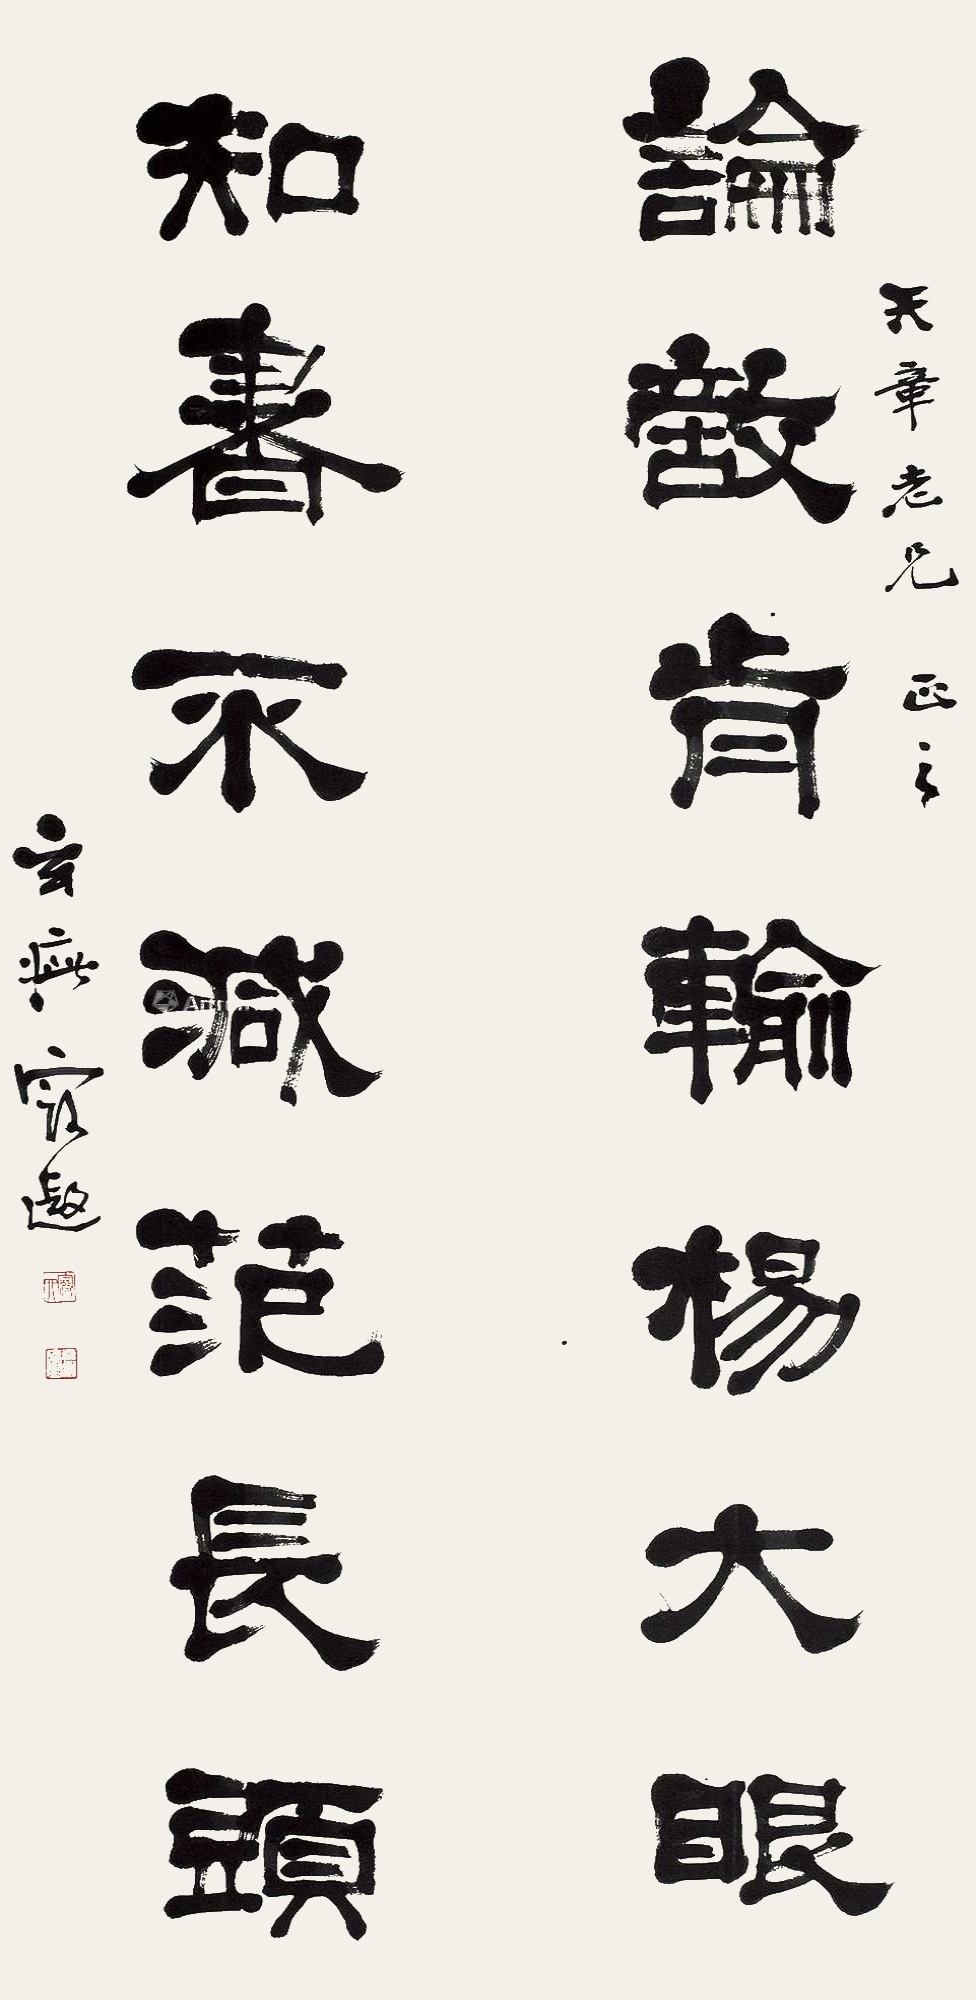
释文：论敌肯输杨大眼，知书不减范长头。天章老兄正之，玄疵寇遐。